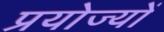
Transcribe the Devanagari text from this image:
प्रयोज्यों